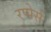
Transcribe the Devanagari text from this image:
रप्पेर्स